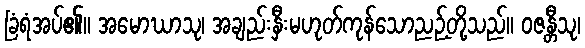
ခြံရံအပ်၏။ အမောဃာသု၊ အချည်းနှီးမဟုတ်ကုန်သောညဉ့်တို့သည်။ ဝဇန္တီသု၊